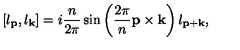
[ l _ { \bf p } , l _ { \bf k } ] = i \frac { n } { 2 \pi } \sin \left( \frac { 2 \pi } { n } { \bf p \times k } \right) l _ { \bf p + k } ,